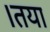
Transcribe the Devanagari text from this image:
।तया